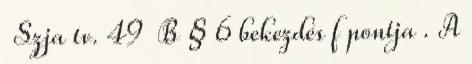
Szja tv. 49 B § 6 bekezdés f pontja . A